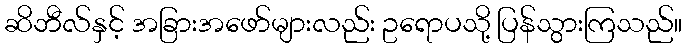
ဆိဘီလ်နှင့် အခြားအဖော်များလည်း ဥရောပသို့ ပြန်သွားကြသည်။